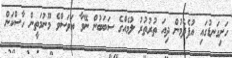
ހަށިގަނޑުގައި އުފެދެމުން ދިއަ ތުރުތުރު ލުމެއްގެ ސަބަބުން ނޭވާ އަވަސްވެ މޫނުމަތީން ހާސްކަން